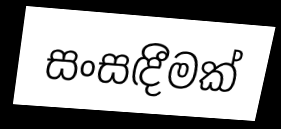
සංසඳීමක්